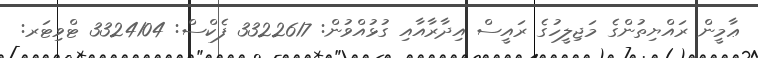
ޢާމީން ރައްޔިތުންގެ މަޖިލީހުގެ ރައީސް އިދާރާއާއި ގުޅުއްވުން: 3322617 ފެކްސް: 3324104 ޓްވިޓަރ: